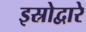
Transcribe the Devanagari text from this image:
इस्रोद्वारे